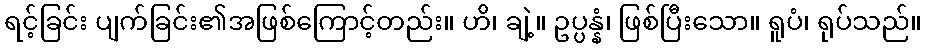
ရင့်ခြင်း ပျက်ခြင်း၏အဖြစ်ကြောင့်တည်း။ ဟိ၊ ချဲ့။ ဥပ္ပန္နံ၊ ဖြစ်ပြီးသော။ ရူပံ၊ ရုပ်သည်။